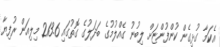
އެކަމާ ގުޅިގެން ކުންފުންޏަށް ލިބުނު ގެއްލުމުގެ ބަދަލުގެ ގޮތުގައި 213.6 މިލިއަން ރުފިޔާ